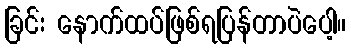
ခြင်း နောက်ထပ်ဖြစ်ရပြန်တာပဲပေါ့။